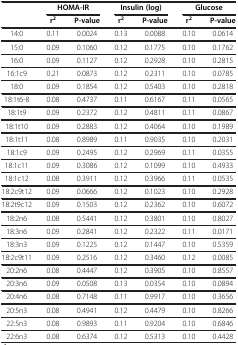
<table><thead><tr><td><b> </b></td><td colspan="2"><b>HOMA-IR</b></td><td colspan="2"><b>Insulin (log)</b></td><td colspan="2"><b>Glucose</b></td></tr><tr><td><b> </b></td><td><b>r<sup>2</sup></b></td><td><b>P-value</b></td><td><b>r<sup>2</sup></b></td><td><b>P-value</b></td><td><b>r<sup>2</sup></b></td><td><b>P-value</b></td></tr></thead><tbody><tr><td>14:0</td><td>0.11</td><td>0.0024</td><td>0.13</td><td>0.0088</td><td>0.10</td><td>0.0614</td></tr><tr><td>15:0</td><td>0.09</td><td>0.1060</td><td>0.12</td><td>0.1775</td><td>0.10</td><td>0.1762</td></tr><tr><td>16:0</td><td>0.09</td><td>0.1127</td><td>0.12</td><td>0.2928</td><td>0.10</td><td>0.2815</td></tr><tr><td>16:1c9</td><td>0.21</td><td>0.0873</td><td>0.12</td><td>0.2311</td><td>0.10</td><td>0.0785</td></tr><tr><td>18:0</td><td>0.09</td><td>0.1854</td><td>0.12</td><td>0.5403</td><td>0.10</td><td>0.2818</td></tr><tr><td>18:1t6-8</td><td>0.08</td><td>0.4737</td><td>0.11</td><td>0.6167</td><td>0.11</td><td>0.0565</td></tr><tr><td>18:1t9</td><td>0.09</td><td>0.2372</td><td>0.12</td><td>0.4811</td><td>0.11</td><td>0.0867</td></tr><tr><td>18:1t10</td><td>0.09</td><td>0.2883</td><td>0.12</td><td>0.4064</td><td>0.10</td><td>0.1989</td></tr><tr><td>18:1t11</td><td>0.08</td><td>0.8989</td><td>0.11</td><td>0.9035</td><td>0.10</td><td>0.2031</td></tr><tr><td>18:1c9</td><td>0.09</td><td>0.2495</td><td>0.12</td><td>0.2969</td><td>0.11</td><td>0.0355</td></tr><tr><td>18:1c11</td><td>0.09</td><td>0.3086</td><td>0.12</td><td>0.1099</td><td>0.10</td><td>0.4933</td></tr><tr><td>18:1c12</td><td>0.08</td><td>0.3911</td><td>0.12</td><td>0.3966</td><td>0.11</td><td>0.0535</td></tr><tr><td>18:2c9t12</td><td>0.09</td><td>0.0666</td><td>0.12</td><td>0.1023</td><td>0.10</td><td>0.2928</td></tr><tr><td>18:2t9c12</td><td>0.09</td><td>0.1503</td><td>0.12</td><td>0.2362</td><td>0.10</td><td>0.6072</td></tr><tr><td>18:2n6</td><td>0.08</td><td>0.5441</td><td>0.12</td><td>0.3801</td><td>0.10</td><td>0.8027</td></tr><tr><td>18:3n6</td><td>0.09</td><td>0.2841</td><td>0.12</td><td>0.2322</td><td>0.11</td><td>0.0171</td></tr><tr><td>18:3n3</td><td>0.09</td><td>0.1225</td><td>0.12</td><td>0.1447</td><td>0.10</td><td>0.5359</td></tr><tr><td>18:2c9t11</td><td>0.09</td><td>0.2516</td><td>0.12</td><td>0.3460</td><td>0.12</td><td>0.0085</td></tr><tr><td>20:2n6</td><td>0.08</td><td>0.4447</td><td>0.12</td><td>0.3905</td><td>0.10</td><td>0.8557</td></tr><tr><td>20:3n6</td><td>0.09</td><td>0.0508</td><td>0.13</td><td>0.0354</td><td>0.10</td><td>0.0894</td></tr><tr><td>20:4n6</td><td>0.08</td><td>0.7148</td><td>0.11</td><td>0.9917</td><td>0.10</td><td>0.3656</td></tr><tr><td>20:5n3</td><td>0.08</td><td>0.4941</td><td>0.12</td><td>0.4479</td><td>0.10</td><td>0.8266</td></tr><tr><td>22:5n3</td><td>0.08</td><td>0.9893</td><td>0.11</td><td>0.9204</td><td>0.10</td><td>0.6846</td></tr><tr><td>22:6n3</td><td>0.08</td><td>0.6374</td><td>0.12</td><td>0.5313</td><td>0.10</td><td>0.4428</td></tr></tbody></table>